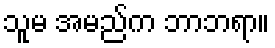
သူမ အမည်က ဘာဘရာ။